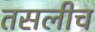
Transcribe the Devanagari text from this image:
तसलीच